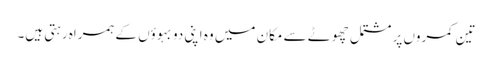
تین کمروں پر مشتمل چھوٹے سے مکان میں وہ اپنی دو بہوؤں کے ہمراہ رہتی ہیں۔